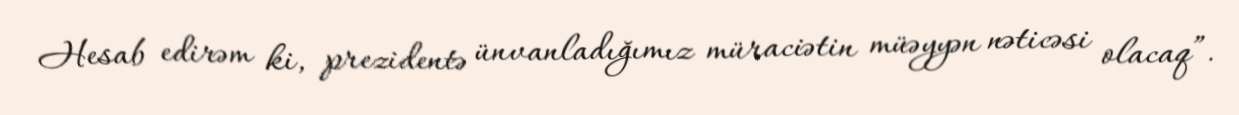
Hesab edirəm ki, prezidentə ünvanladığımız müraciətin müəyyən nəticəsi olacaq”.